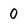
Character: 0